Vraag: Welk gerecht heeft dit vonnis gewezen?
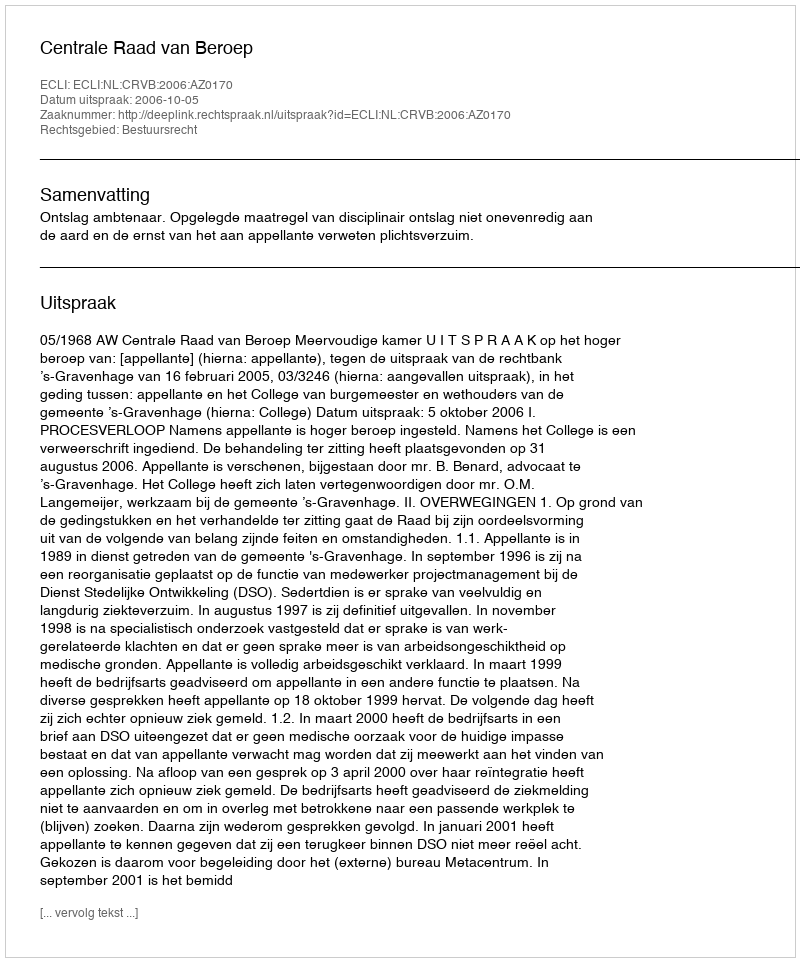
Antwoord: Centrale Raad van Beroep